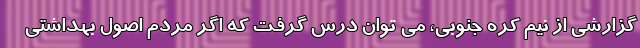
گزارشی از نیم کره جنوبی، می توان درس گرفت که اگر مردم اصول بهداشتی